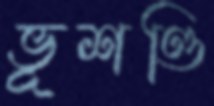
ভূশণ্ডি